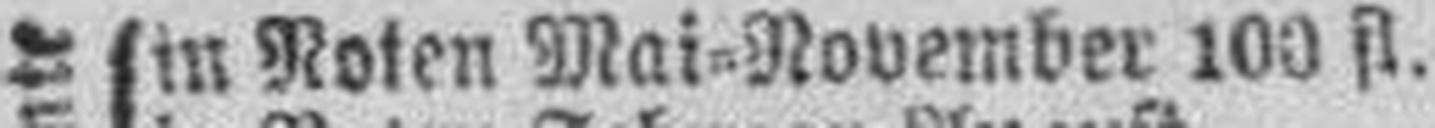
E. Rente in Noten Mai=November 100 fl.